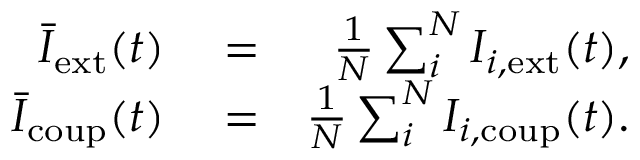
\begin{array} { r l r } { \bar { I } _ { \mathrm { e x t } } ( t ) } & { { } = } & { \frac { 1 } { N } \sum _ { i } ^ { N } I _ { i , \mathrm { e x t } } ( t ) , } \\ { \bar { I } _ { \mathrm { c o u p } } ( t ) } & { { } = } & { \frac { 1 } { N } \sum _ { i } ^ { N } I _ { i , \mathrm { c o u p } } ( t ) . } \end{array}